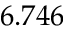
6 . 7 4 6